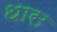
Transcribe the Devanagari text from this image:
थास